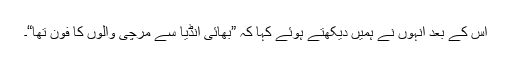
اس کے بعد انہوں نے ہمیں دیکھتے ہوئے کہا کہ ”بھائی انڈیا سے مرچی والوں کا فون تھا“۔